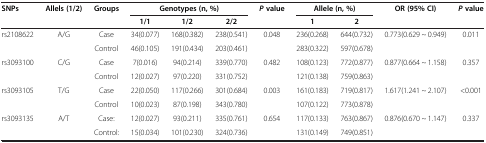
<table><thead><tr><td rowspan="2"><b>SNPs</b></td><td rowspan="2"><b>Allels (1/2)</b></td><td rowspan="2"><b>Groups</b></td><td colspan="3"><b>Genotypes (n, %)</b></td><td><b><i>P </i>value</b></td><td colspan="2"><b>Allele (n, %)</b></td><td><b>OR (95% CI)</b></td><td><b><i>P </i>value</b></td></tr><tr><td><b>1/1</b></td><td><b>1/2</b></td><td><b>2/2</b></td><td><b> </b></td><td><b>1</b></td><td><b>2</b></td><td><b> </b></td><td><b> </b></td></tr></thead><tbody><tr><td>rs2108622</td><td>A/G</td><td>Case</td><td>34(0.077)</td><td>168(0.382)</td><td>238(0.541)</td><td>0.048</td><td>236(0.268)</td><td>644(0.732)</td><td rowspan="2">0.773(0.629 ~ 0.949)</td><td rowspan="2">0.011</td></tr><tr><td> </td><td> </td><td>Control</td><td>46(0.105)</td><td>191(0.434)</td><td>203(0.461)</td><td> </td><td>283(0.322)</td><td>597(0.678)</td></tr><tr><td>rs3093100</td><td>C/G</td><td>Case</td><td>7(0.016)</td><td>94(0.214)</td><td>339(0.770)</td><td>0.482</td><td>108(0.123)</td><td>772(0.877)</td><td rowspan="2">0.877(0.664 ~ 1.158)</td><td rowspan="2">0.357</td></tr><tr><td> </td><td> </td><td>Control</td><td>12(0.027)</td><td>97(0.220)</td><td>331(0.752)</td><td> </td><td>121(0.138)</td><td>759(0.863)</td></tr><tr><td>rs3093105</td><td>T/G</td><td>Case</td><td>22(0.050)</td><td>117(0.266)</td><td>301(0.684)</td><td>0.003</td><td>161(0.183)</td><td>719(0.817)</td><td rowspan="2">1.617(1.241 ~ 2.107)</td><td rowspan="2">&lt;0.001</td></tr><tr><td> </td><td> </td><td>Control</td><td>10(0.023)</td><td>87(0.198)</td><td>343(0.780)</td><td> </td><td>107(0.122)</td><td>773(0.878)</td></tr><tr><td>rs3093135</td><td>A/T</td><td>Case:</td><td>12(0.027)</td><td>93(0.211)</td><td>335(0.761)</td><td>0.654</td><td>117(0.133)</td><td>763(0.867)</td><td rowspan="2">0.876(0.670 ~ 1.147)</td><td rowspan="2">0.337</td></tr><tr><td> </td><td> </td><td>Control:</td><td>15(0.034)</td><td>101(0.230)</td><td>324(0.736)</td><td> </td><td>131(0.149)</td><td>749(0.851)</td></tr></tbody></table>